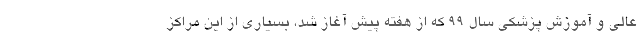
عالی و آموزش پزشکی سال ۹۹ که از هفته پیش آغاز شد، بسیاری از این مراکز